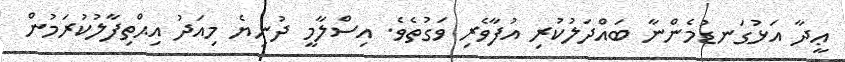
ޢީދާ އަޅުގަނޑުމެންނާ ބައްދަލުކުރި އުފާވެރި ވަގުތެވެ. އިސްލާމީ ދުނިޔެ މިއަދު އިޙްތިފާލުކުރަމުން